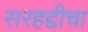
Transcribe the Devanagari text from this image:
सरहद्दीचा